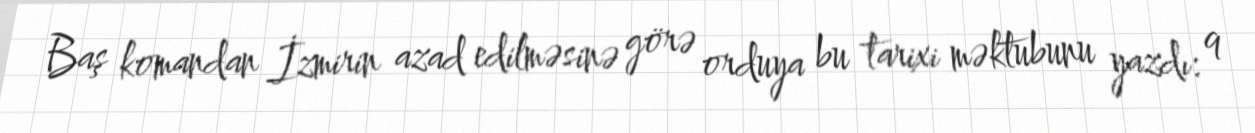
Baş komandan İzmirin azad edilməsinə görə orduya bu tarixi məktubunu yazdı: 9